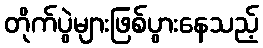
တိုက်ပွဲများဖြစ်ပွားနေသည့်